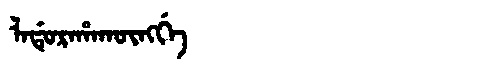
Manchu: ᠯᠠᡩᡠᡵᠠᡥᠠᡴᡡᠩᡤᡝ
Romanization: LADURAHAKŪNGGE